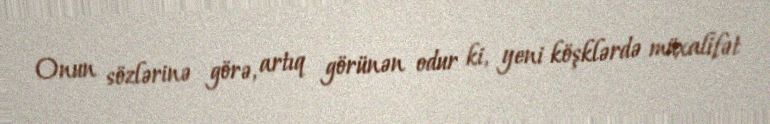
Onun sözlərinə görə, artıq görünən odur ki, yeni köşklərdə müxalifət